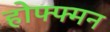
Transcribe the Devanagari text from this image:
होफ्फ्मन